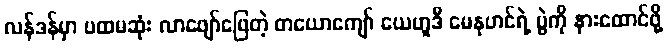
လန်ဒန်မှာ ပထမဆုံး လာဖျော်ဖြေတဲ့ တယောကျော် ယေဟူဒီ မေနုဟင်ရဲ့ ပွဲကို နားထောင်ဖို့